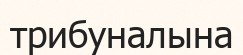
трибуналына